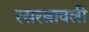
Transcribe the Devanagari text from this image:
रसरत्नावली